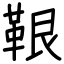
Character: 鞎